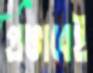
প্রভাবেই